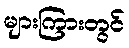
များကြားတွင်